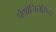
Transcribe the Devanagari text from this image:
पैथोजिनेसिस